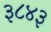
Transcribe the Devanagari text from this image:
३८४३